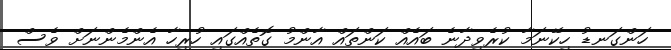
ހަންގަނޑު ހިކޭނަމާ ކުރެވިދާނެ ބައެއް ކަންތައް އާންމު ގޮތެއްގައި ހުރިހާ އެންމެންނަށް ވެސް